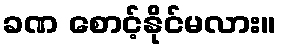
ခဏ စောင့်နိုင်မလား။